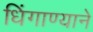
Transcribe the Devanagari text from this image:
धिंगाण्याने